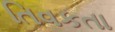
તિવકતા